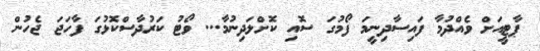
ޕާޓީއަށް ވެއްދުމާ ފައިސާދިނީމަ ފޯމުގަ ސޮއި ކޮށްލަދިނުމާ... ވޯޓު ކަރުދާސްކޮޅުގަ ފާހަޖަ ޖެހުން